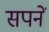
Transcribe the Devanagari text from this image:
सपनें